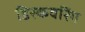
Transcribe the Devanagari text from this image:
डिस्कवरिंग